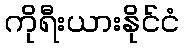
ကိုရီးယားနိုင်ငံ